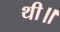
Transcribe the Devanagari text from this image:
थी॥